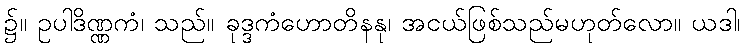
၌။ ဥပါဒိဏ္ဏကံ၊ သည်။ ခုဒ္ဒကံဟောတိနနု၊ အငယ်ဖြစ်သည်မဟုတ်လော။ ယဒါ၊